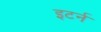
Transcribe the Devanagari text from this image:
इटर्न